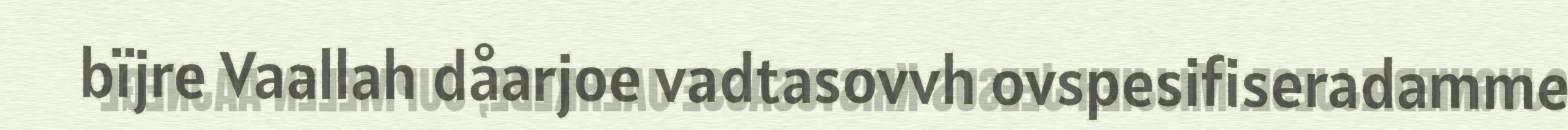
bïjre Vaallah dåarjoe vadtasovvh ovspesifiseradamme